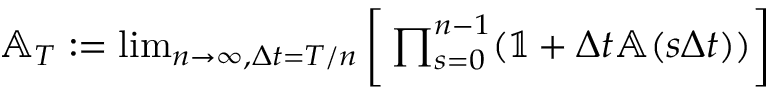
\begin{array} { r } { \mathbb { A } _ { T } : = \operatorname* { l i m } _ { n \rightarrow \infty , \Delta t = T / n } \bigg [ \prod _ { s = 0 } ^ { n - 1 } ( \mathbb { 1 } + \Delta t \mathbb { A } ( s \Delta t ) ) \bigg ] } \end{array}